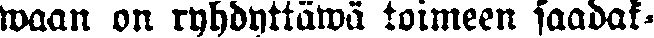
waan on ryhdyttäwä toimeen saadak-